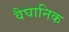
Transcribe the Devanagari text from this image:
वैघानिक